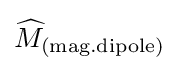
{\widehat {M}}_{\mathrm {(mag.dipole)} }